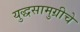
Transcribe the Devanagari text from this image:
युद्धसामुग्रीचे